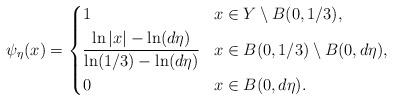
LaTeX: \begin{align*}\psi_\eta (x)=\left\{\aligned& 1 && x\in Y\setminus B(0, 1/3), \\&\frac{\ln |x| -\ln (d\eta)}{ \ln (1/3)-\ln (d\eta)} & & x \in B(0, 1/3) \setminus B(0, d\eta),\\& 0 & & x\in B(0, d \eta).\endaligned\right.\end{align*}